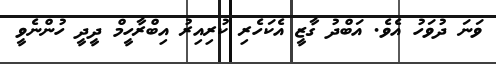
ވަނަ ދުވަހު އެވެ. އަބްދު ގާޒީ އެކަހެރި ކުރިއިރު އިބްރާހީމް ދީދީ ހުންނެވީ